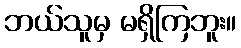
ဘယ်သူမှ မရှိကြဘူး။